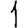
Digit: 1